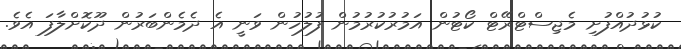
ކުޅުދުއްފުށި މެޖިސްޓްރޭޓް ކޯޓުން އަމުރުކުރުމުން ފުލުހުން ވަނީ އެ ދެމެންބަރުން ދޫކޮށްލާފަ އެވެ.